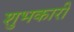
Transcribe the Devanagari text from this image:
शुभकारी